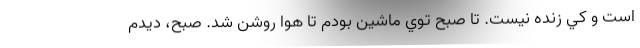
است و كي زنده نيست. تا صبح توي ماشين بودم تا هوا روشن شد. صبح، ديدم